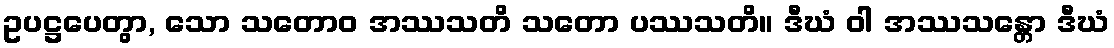
ဥပဋ္ဌပေတွာ, သော သတောဝ အဿသတိ သတော ပဿသတိ။ ဒီဃံ ဝါ အဿသန္တော ဒီဃံ